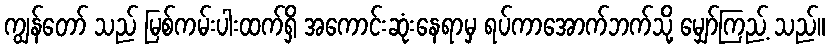
ကျွန်တော် သည် မြစ်ကမ်းပါးထက်ရှိ အကောင်းဆုံးနေရာမှ ရပ်ကာအောက်ဘက်သို့ မျှော်ကြည့် သည်။